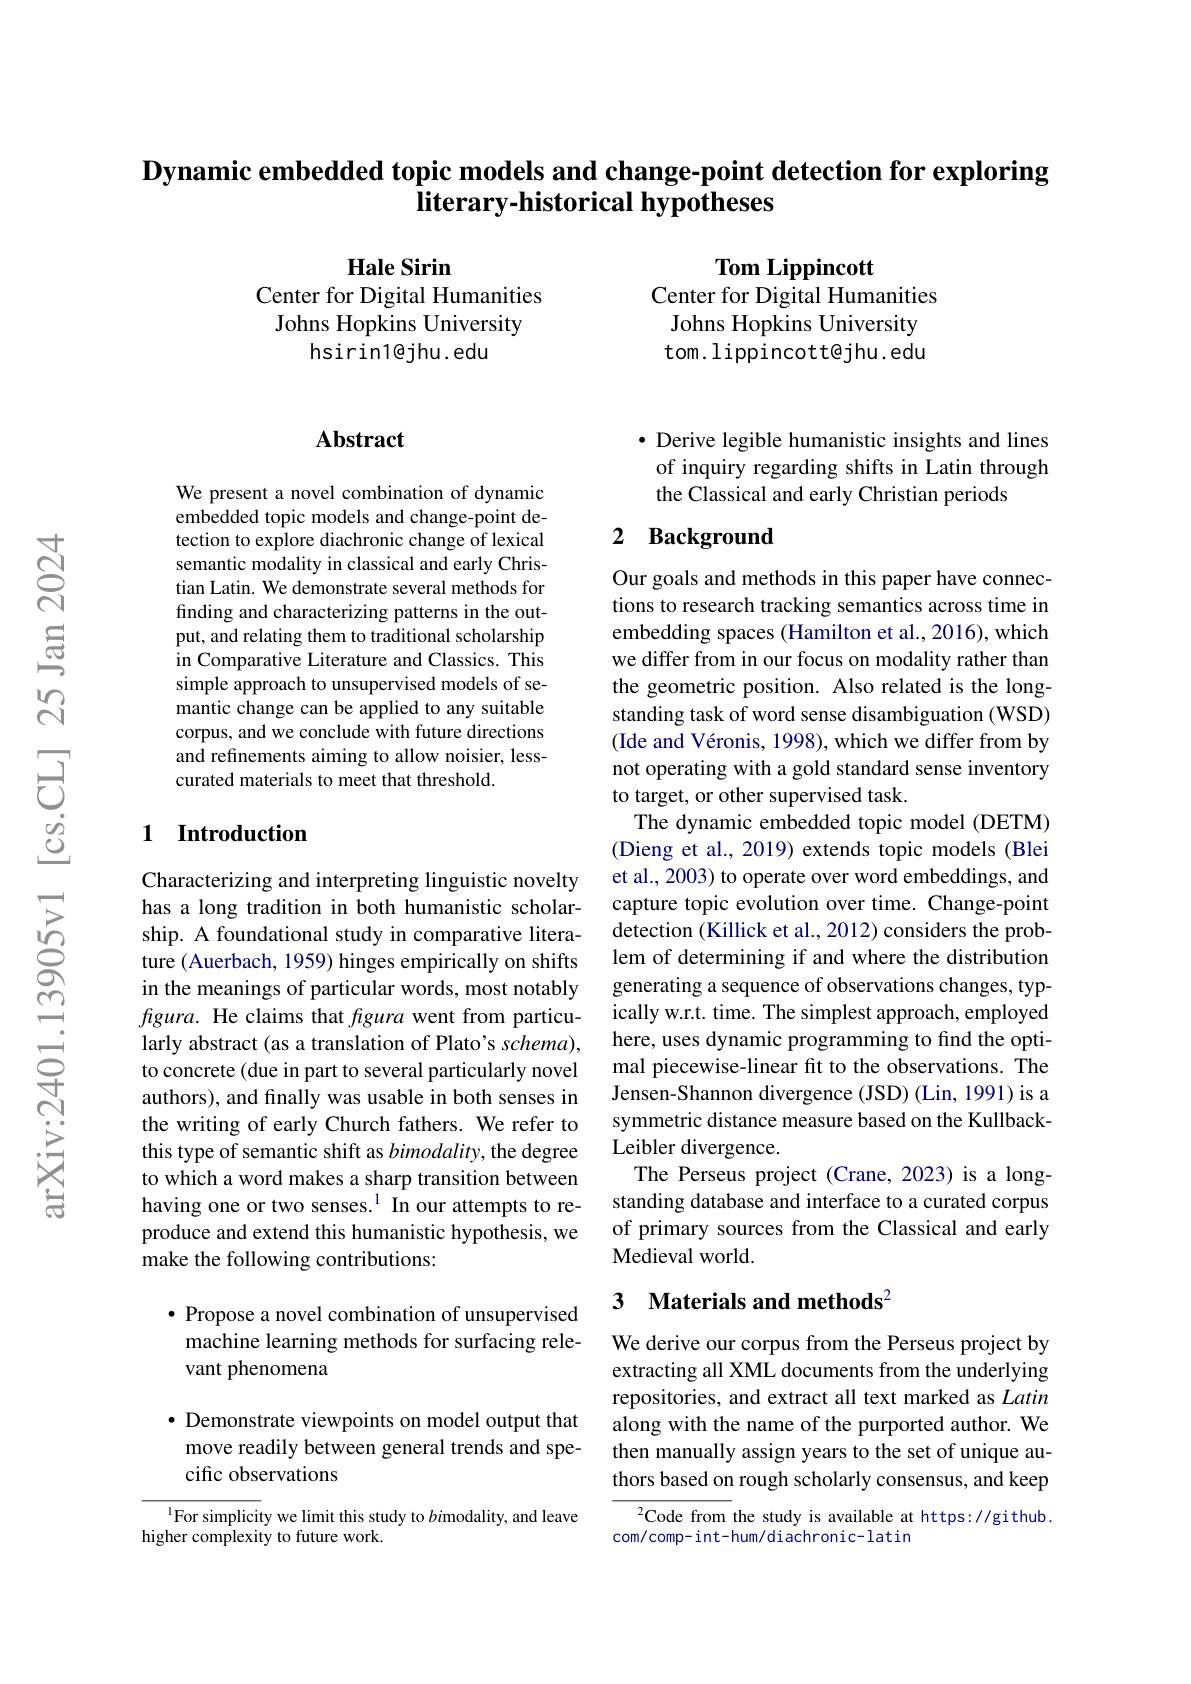
# $\textbf{Dynamic embedded topic models and change- point detection for exploring}$ literary-historical hypotheses

Hale Sirin
Center for Digital Humanities Johns Hopkins University
hsirin1@jhu.edu

$\textbf{Tom Lippincott}$
Center for Digital Humanities Johns Hopkins University tom. lippincott@jhu. edu

## Abstract

We present a novel combination of dynamic embedded topic models and change-point detection to explore diachronic change of lexical semantic modality in classical and early Christian Latin. We demonstrate several methods for finding and characterizing patterns in the output, and relating them to traditional scholarship in Comparative Literature and Classics. This simple approach to unsupervised models of semantic change can be applied to any suitable corpus, and we conclude with future directions and refinements aiming to allow noisier, lesscurated materials to meet that threshold.

### 1 Introduction

Characterizing and interpreting linguistic novelty has a long tradition in both humanistic scholarship. A foundational study in comparative literature (Auerbach, 1959) hinges empirically on shifts in the meanings of particular words, most notably fgura. He claims that figura went from particularly abstract (as a translation of Plato's schema), to concrete (due in part to several particularly novel authors), and finally was usable in both senses in the writing of early Church fathers. We refer to this type of semantic shift as bimodality, the degree to which a word makes a sharp transition between having one or two senses.$^{1}$ In our attempts to reproduce and extend this humanistic hypothesis, we make the following contributions:

$\bullet$ Propose a novel combination of unsupervised machine learning methods for surfacing rele-### vant phenomena

· Demonstrate viewpoints on model output that move readily between general trends and specific observations

$^{1}$For simplicity we limit this study to $bi$modality, and leave
higher complexity to future work.

$\bullet$ Derive legible humanistic insights and lines of inquiry regarding shifts in Latin through the Classical and early Christian periods

## 2 Background

Our goals and methods in this paper have connections to research tracking semantics across time in embedding spaces (Hamilton et al.,2016), which we differ from in our focus on modality rather than the geometric position. Also related is the longstanding task of word sense disambiguation (WSD) (Ide and Véronis, 1998), which we differ from by not operating with a gold standard sense inventory to target, or other supervised task.
The dynamic embedded topic model (DETM) (Dieng et al., 2019) extends topic models (Blei et al., 2003) to operate over word embeddings, and capture topic evolution over time. Change-point detection (Killick et al., 2012) considers the problem of determining if and where the distribution generating a sequence of observations changes, typically w.r.t. time. The simplest approach, employed here, uses dynamic programming to find the optimal piecewise-linear fit to the observations. The Jensen-Shannon divergence (JSD) (Lin, 1991) is a symmetric distance measure based on the KullbackLeibler divergence.
The Perseus project (Crane, 2023) is a longstanding database and interface to a curated corpus of primary sources from the Classical and early Medieval world.

# 3 Materials and methods$^{2}$

We derive our corpus from the Perseus project by extracting all XML documents from the underlying repositories, and extract all text marked as Latin along with the name of the purported author. We then manually assign years to the set of unique authors based on rough scholarly consensus, and keep

$^{2}$Code from the study is available at https://github
com/comp-int-hum/diachronic-latin